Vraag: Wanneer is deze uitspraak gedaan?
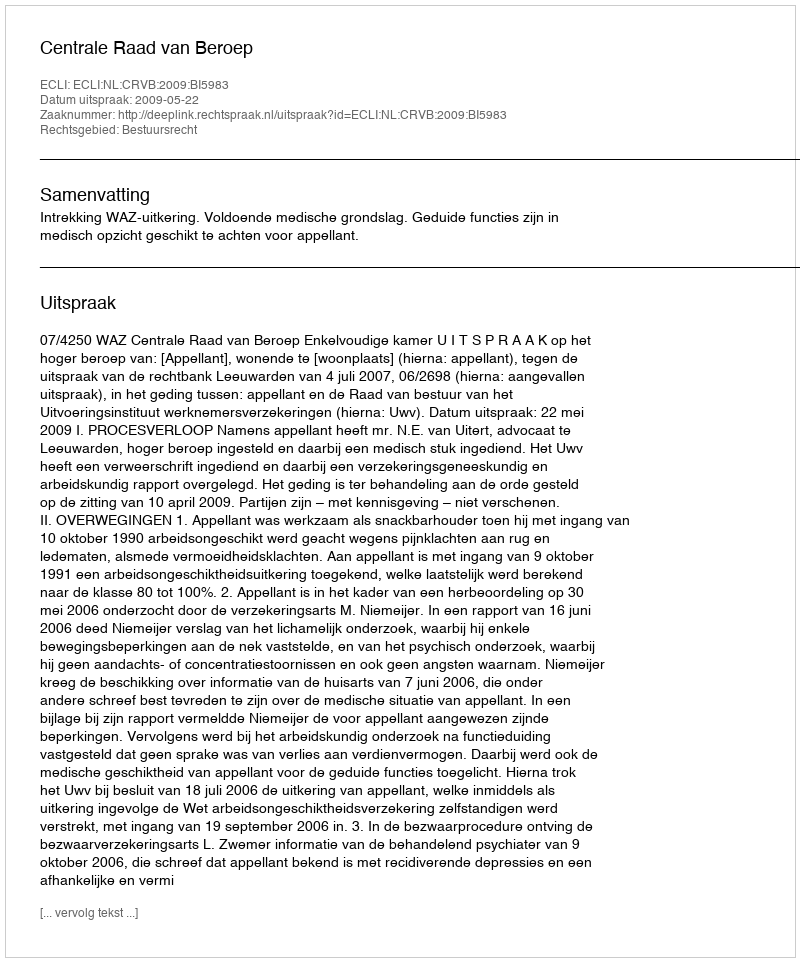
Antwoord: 2009-05-22